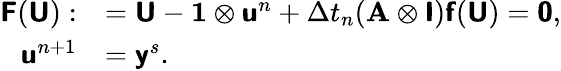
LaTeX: \begin{array}{rl}{\mathbf{\boldsymbol{\mathsf{F}}}(\mathbf{\boldsymbol{\mathsf{U}}}):}&{=\mathbf{\boldsymbol{\mathsf{U}}}-\mathbf{\boldsymbol{1}}\otimes\mathbf{\boldsymbol{\mathsf{u}}}^{n}+\Delta t_{n}(\mathbf{\boldsymbol{A}}\otimes\mathbf{\boldsymbol{\mathsf{I}}})\mathbf{\boldsymbol{\mathsf{f}}}(\mathbf{\boldsymbol{\mathsf{U}}})=\mathbf{\boldsymbol{\mathsf{0}}},}\\ {\mathbf{\boldsymbol{\mathsf{u}}}^{n+1}}&{=\mathbf{\boldsymbol{\mathsf{y}}}^{s}.}\end{array}